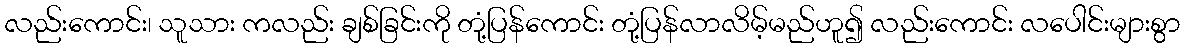
လည်းကောင်း၊ သူသား ကလည်း ချစ်ခြင်းကို တုံ့ပြန်ကောင်း တုံ့ပြန်လာလိမ့်မည်ဟူ၍ လည်းကောင်း လပေါင်းများစွာ